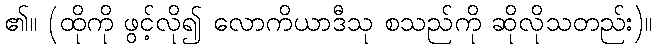
၏။ (ထိုကို ဖွင့်လို၍ လောကိယာဒီသု စသည်ကို ဆိုလိုသတည်း)။